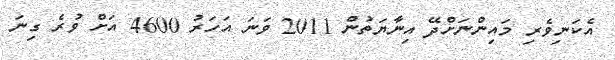
އެކަނިވެރި މައިންނަށްދޭ އިނާޔަތުން 2011 ވަނަ އަހަރު 4600 އަށް ވުރެ ގިނަ